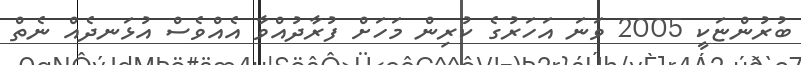
ބުރުންޏަކީ 2005 ވަނަ އަހަރުގެ ކުރިން މަހަށް ފުރާދުއްވާ އެއްވެސް އުޅަނދެއް ނެތް